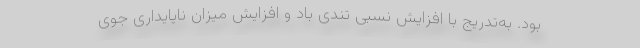
بود. به‌تدریج با افزایش نسبی تندی باد و افزایش میزان ناپایداری جوی